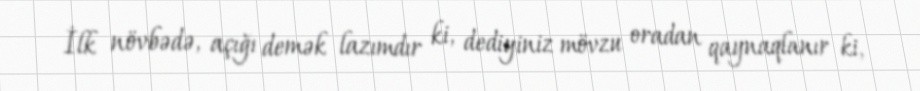
İlk növbədə, açığı demək lazımdır ki, dediyiniz mövzu oradan qaynaqlanır ki,